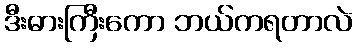
ဒီးဓားကြီးကော ဘယ်ကရတာလဲ